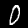
Digit: 0